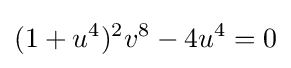
(1+u^{4})^{2}v^{8}-4u^{4}=0